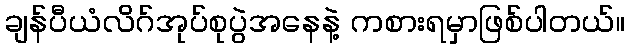
ချန်ပီယံလိဂ်အုပ်စုပွဲအနေနဲ့ ကစားရမှာဖြစ်ပါတယ်။